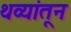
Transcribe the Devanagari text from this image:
थव्यांतून